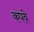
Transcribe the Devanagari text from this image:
कपवे